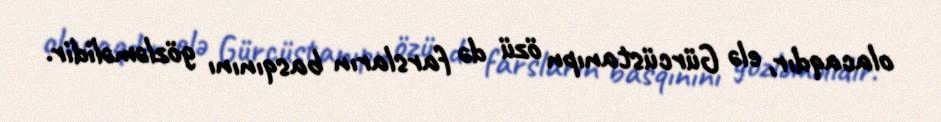
olacaqdır, elə Gürcüstanıpn özü də farsların basqınını gözləməlidir.